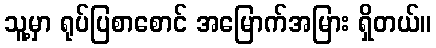
သူ့မှာ ရုပ်ပြစာစောင် အမြောက်အမြား ရှိတယ်။